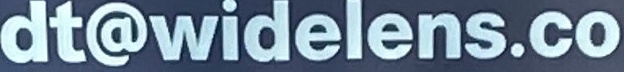
dt@widelens.co